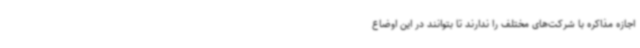
اجازه مذاکره با شرکت‌های مختلف را ندارند تا بتوانند در این اوضاع